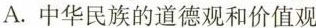
A.中华民族的道德观和价值观